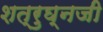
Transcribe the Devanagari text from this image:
शत्रुघ्नजी